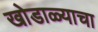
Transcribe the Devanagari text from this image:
खोडाळ्याचा